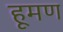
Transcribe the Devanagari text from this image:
हूमण